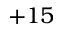
+ 1 5